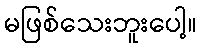
မဖြစ်သေးဘူးပေါ့။